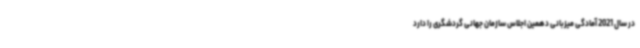
در سال 2021 آمادگی میزبانی دهمین اجلاس سازمان جهانی گردشگری را دارد